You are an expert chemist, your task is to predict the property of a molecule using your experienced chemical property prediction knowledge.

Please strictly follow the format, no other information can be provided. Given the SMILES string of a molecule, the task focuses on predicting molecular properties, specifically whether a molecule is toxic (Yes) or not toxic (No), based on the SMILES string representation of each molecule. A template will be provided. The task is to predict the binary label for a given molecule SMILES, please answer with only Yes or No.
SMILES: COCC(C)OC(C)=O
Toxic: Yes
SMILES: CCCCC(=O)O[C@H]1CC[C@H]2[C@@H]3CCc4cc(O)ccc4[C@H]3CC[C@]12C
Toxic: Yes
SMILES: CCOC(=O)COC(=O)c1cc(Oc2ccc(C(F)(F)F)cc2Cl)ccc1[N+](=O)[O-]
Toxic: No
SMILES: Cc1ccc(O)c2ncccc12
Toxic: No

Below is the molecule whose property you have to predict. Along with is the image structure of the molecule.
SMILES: CCOC(=O)Nc1ccc2c(c1)N(C(=O)CCN1CCOCC1)c1ccccc1S2
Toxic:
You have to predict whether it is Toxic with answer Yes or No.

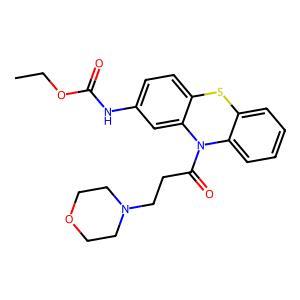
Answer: Yes